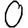
Digit: 0